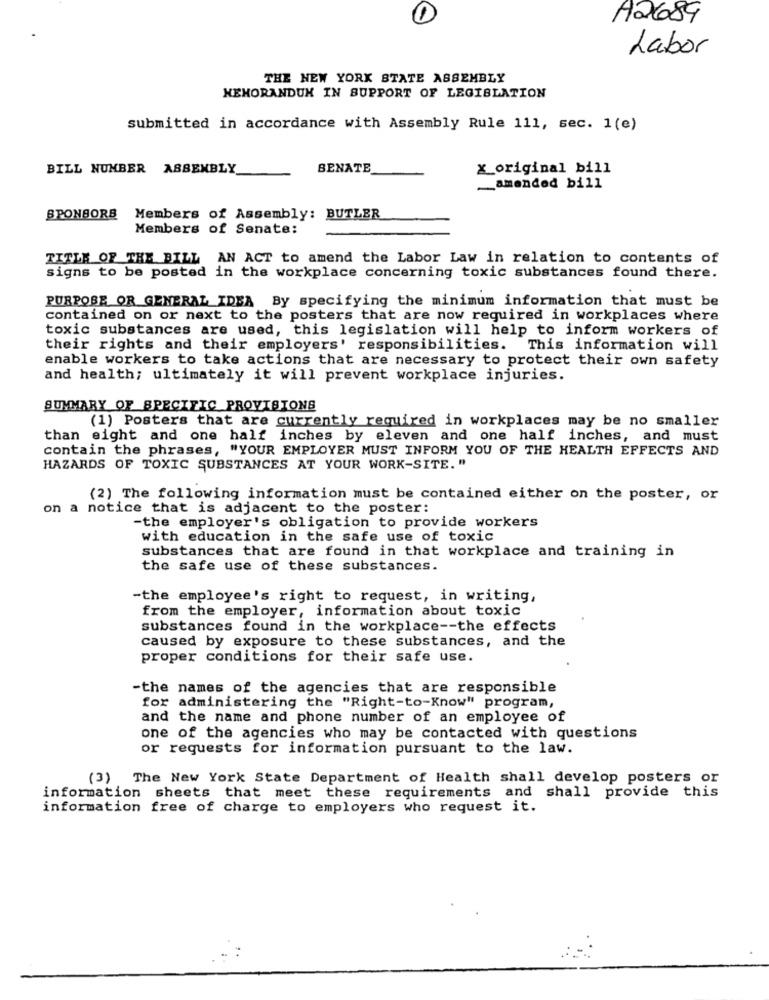
O
A2689
Labor
THE NEW YORK STATE ASSEMBLY
MEMORANDUM IN SUPPORT OF LEGISLATION
submitted in accordance with Assembly Rule 111, sec. 1(e)
BILL NUMBER ASSEMBLY
BENATE
x_original bill
amended bill
SPONSORS Members of Assembly: BUTLER
Members of Senate:
TITLE OF THE BILL AN ACT to amend the Labor Law in relation to contents of
signs to be posted in the workplace concerning toxic substances found there.
PURPOSE OR GENERAL IDEA By specifying the minimum information that must be
contained on or next to the posters that are now required in workplaces where
toxic substances are used, this legislation will help to inform workers of
their rights and their employers' responsibilities. This information will
enable workers to take actions that are necessary to protect their own safety
and health; ultimately it will prevent workplace injuries.
SUMMARY OF SPECIFIC PROVISIONS
(1) Posters that are currently required in workplaces may be no smaller
than eight and one half inches by eleven and one half inches, and must
contain the phrases, "YOUR EMPLOYER MUST INFORM YOU OF THE HEALTH EFFECTS AND
HAZARDS OF TOXIC SUBSTANCES AT YOUR WORK-SITE. "
(2) The following information must be contained either on the poster, or
on a notice that is adjacent to the poster:
-the employer's obligation to provide workers
with education in the safe use of toxic
substances that are found in that workplace and training in
the safe use of these substances.
-the employee's right to request, in writing,
from the employer, information about toxic
substances found in the workplace -- the effects
caused by exposure to these substances, and the
proper conditions for their safe use.
-the names of the agencies that are responsible
for administering the "Right-to-Know" program,
and the name and phone number of an employee of
one of the agencies who may be contacted with questions
or requests for information pursuant to the law.
(3) The New York State Department of Health shall develop posters or
information sheets that meet these requirements and shall provide this
information free of charge to employers who request it.